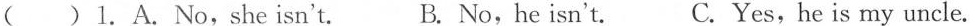
( )1.A.No,she isn't. B. No,he isn't. C.Yes,he is my uncle.